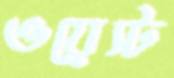
ওয়েস্ট